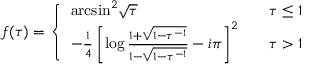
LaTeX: f ( \tau ) = \left\{ \begin{array} { l l } { { \mathrm { a r c s i n } ^ { 2 } \sqrt { \tau } } } & { { \tau \leq 1 } } \\ { { - \frac { 1 } { 4 } \left[ \log \frac { 1 + \sqrt { 1 - \tau ^ { - 1 } } } { 1 - \sqrt { 1 - \tau ^ { - 1 } } } - i \pi \right] ^ { 2 } \ \ \ } } & { { \tau > 1 } } \end{array} \right.